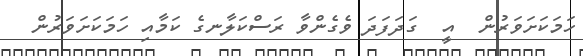
ހަމަކަށަވަރުން  އީ  ގަދަފަދަ ވެގެންވާ ރަސްކަލާނގެ ކަމާއި ހަމަކަށަވަރުން